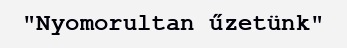
"Nyomorultan űzetünk"